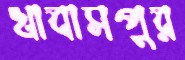
খাবাসপুর